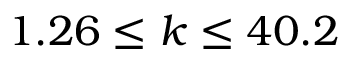
1 . 2 6 \leq k \leq 4 0 . 2